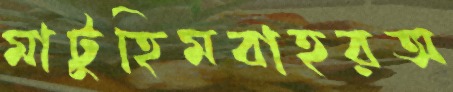
মাটুহিমবাহরঅ